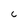
Character: 6